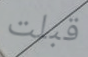
قبلت